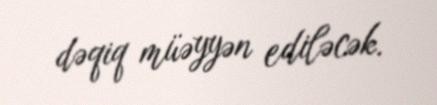
dəqiq müəyyən ediləcək.